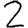
Digit: 2